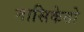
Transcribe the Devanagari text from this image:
नासिकेतो